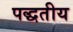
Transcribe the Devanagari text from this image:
पद्धतीय